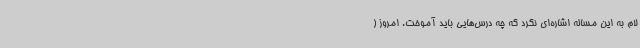
لام به این مساله اشاره‌ای نکرد که چه درس‌هایی باید آموخت. امروز (